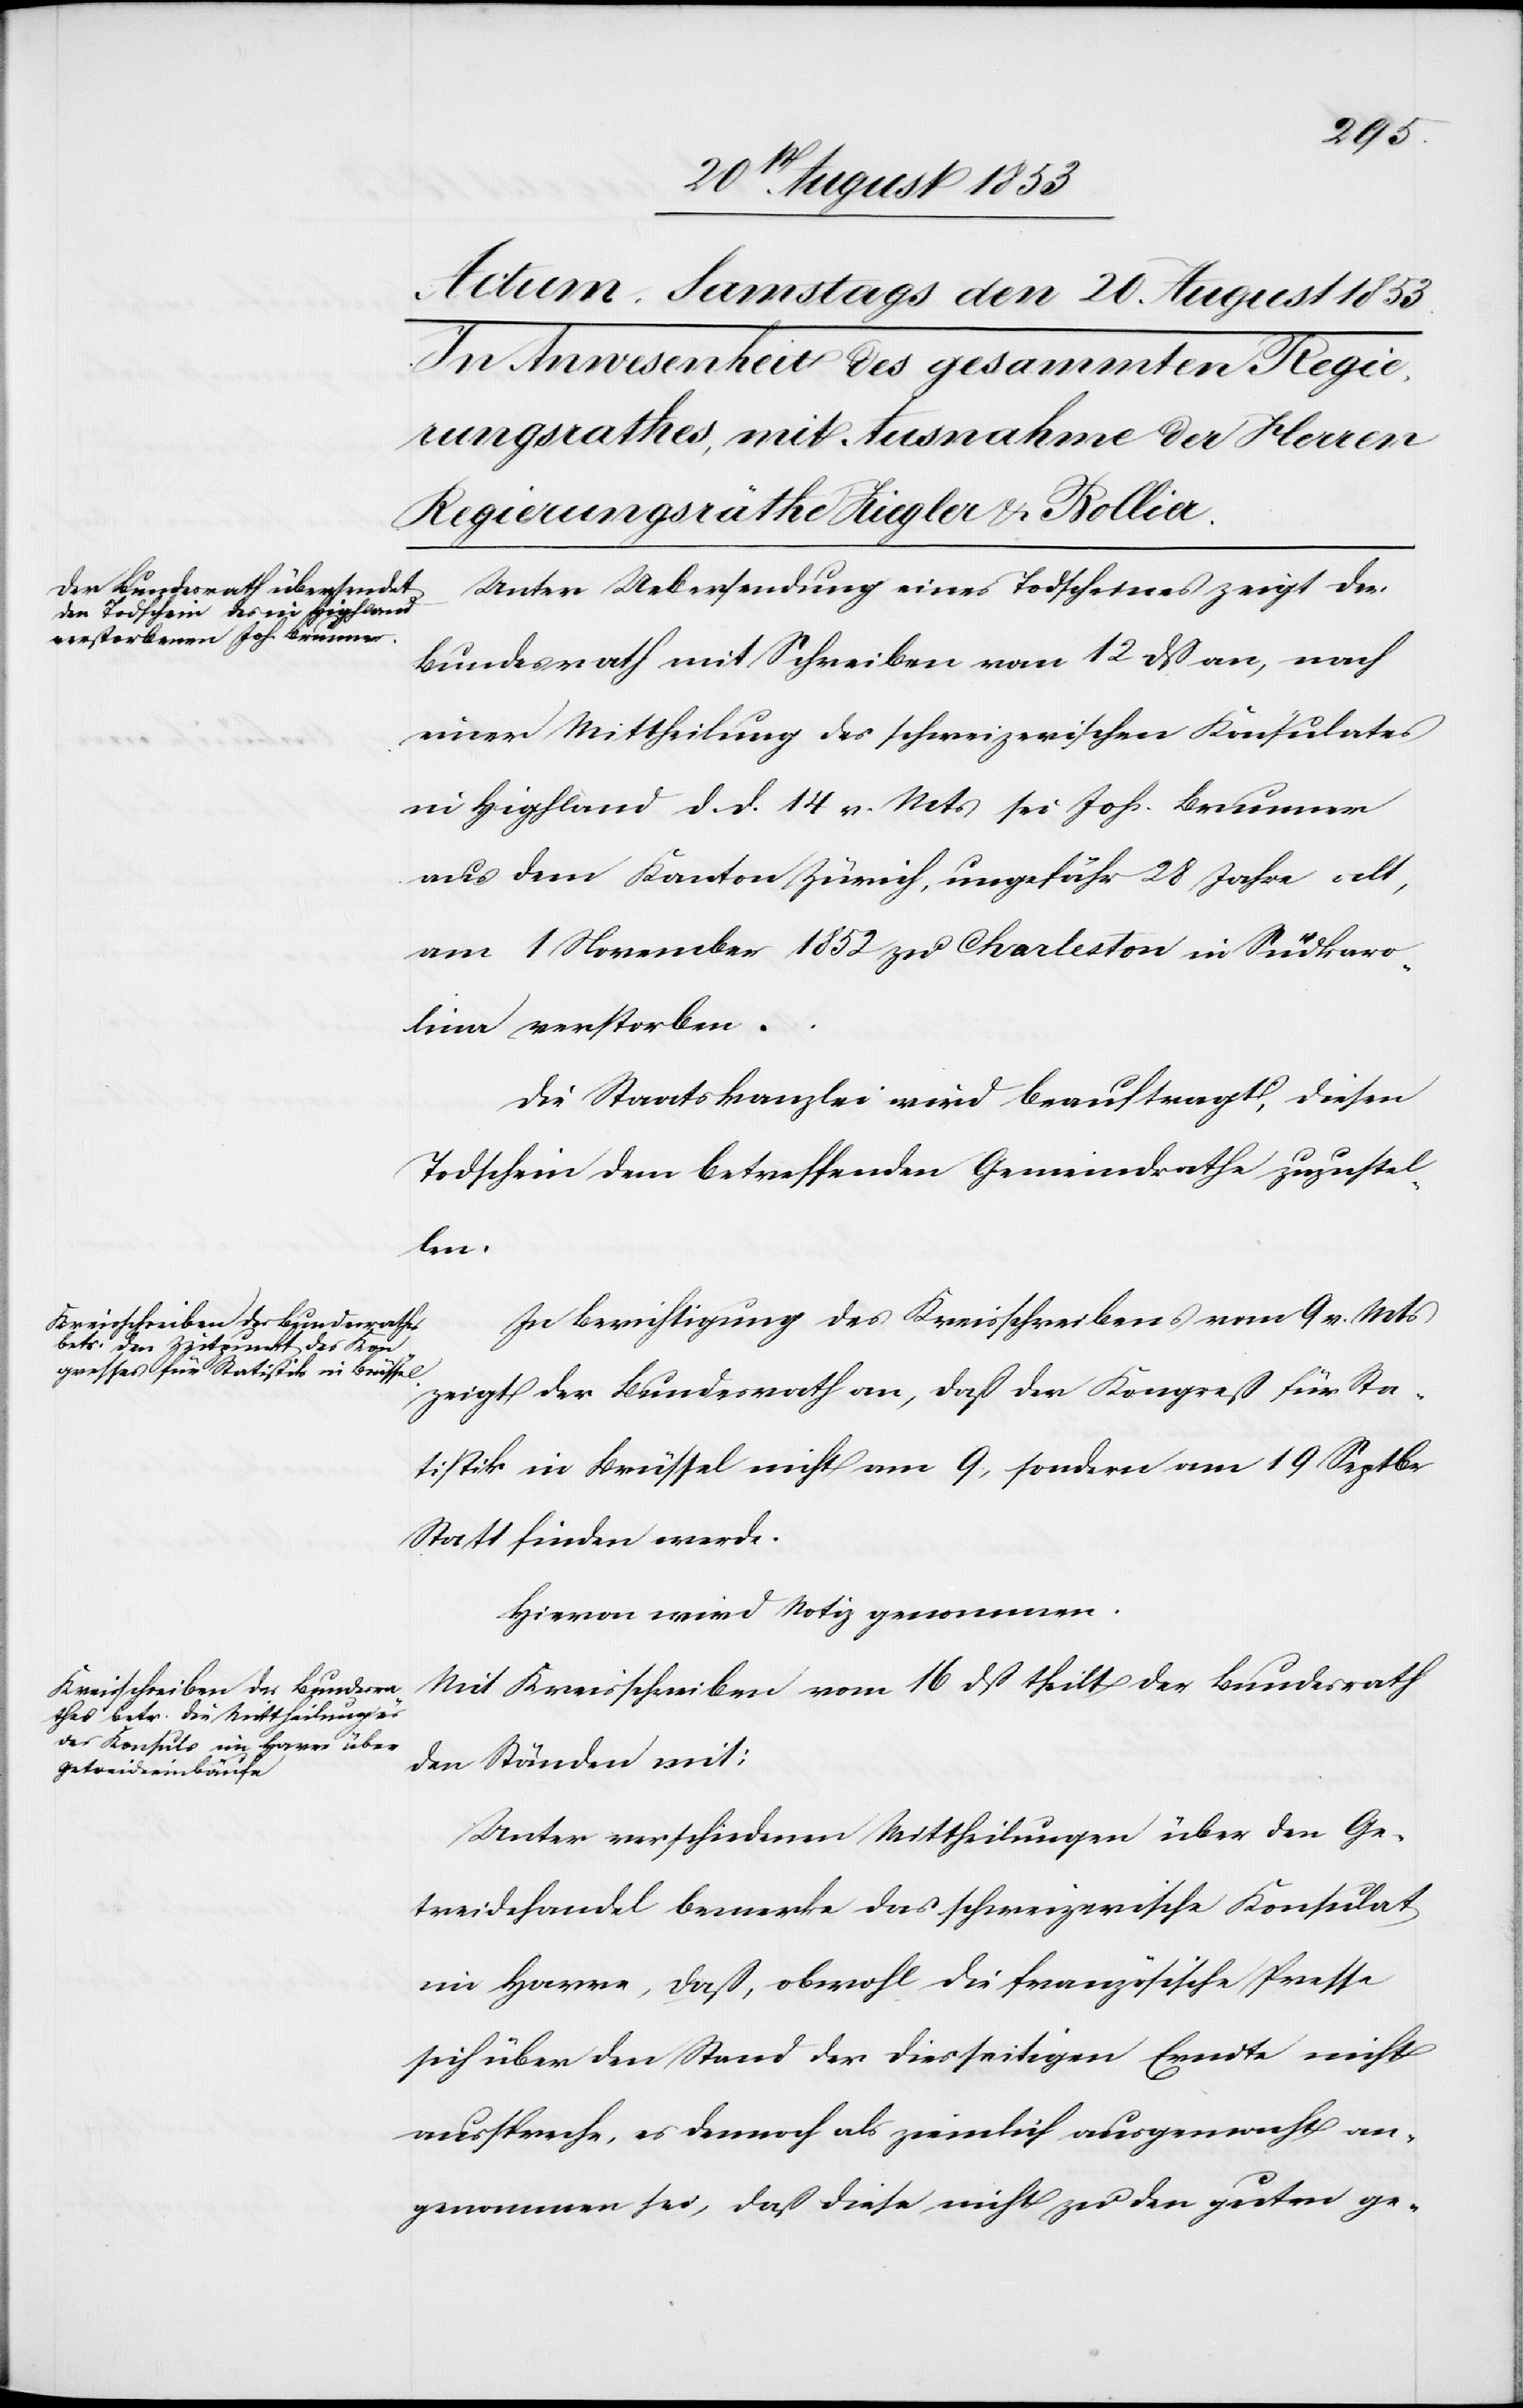
Unter Uebersendung eines Todscheines zeigt der
Bundesrath mit Schreiben vom 12 dß an, nach
einer Mittheilung des schweizerischen Konsulates
in Hipfland d. d. 14 v. Mts. sei Johs. Brunner
aus dem Kanton Zürich, ungefähr 28 Jahre alt,
am 1 November 1852 zu Charleston in Sudkaro¬
lina verstorben.
Die Staatskanzlei wird beauftragt, diesen
Todschein dem betreffenden Gemeindrathe zuzustel¬
len
In Berichtigung des Kreisschreibens vom 9 v. Mts.
zeigt der Bundesrath an, daß der Kongreß für Sta¬
tistik in Brüssel nicht am 9, sondern am 19 Septbr.
Statt finden werde.
Hievon wird Notiz genommen.
Mit Kreisschreiben vom 16 dß theilt der Bundesrath
den Ständen mit:
Unter verschiedenen Mittheilungen über den Ge¬
treidehandel bemerke das schweizerische Konsulat
in Harve, daß, obwohl die französische Presse
sich über den Stand der diesseitigen Erndte nicht
ausspreche, es dennoch als ziemlich ausgemacht an¬
genommen sei, daß diese nicht zu den guten ge-